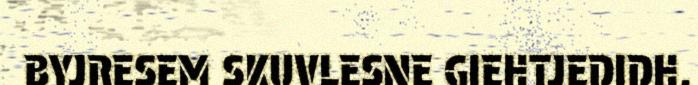
BYJRESEM SKUVLESNE GIEHTJEDIDH.